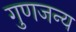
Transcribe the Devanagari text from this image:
गुणजन्य